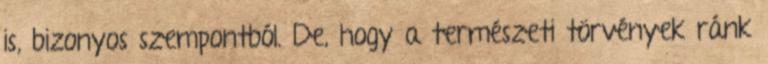
is, bizonyos szempontból. De, hogy a természeti törvények ránk